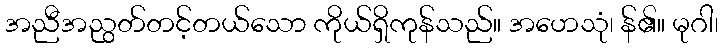
အညီအညွတ်တင့်တယ်သော ကိုယ်ရှိကုန်သည်။ အဟေသုံ၊ န်၏။ မုဂါ၊